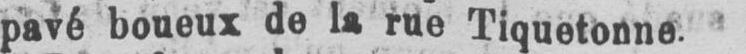
pavé boueux de la rue Tiquetonne.